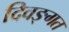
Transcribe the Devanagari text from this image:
दिवङ्गत